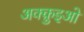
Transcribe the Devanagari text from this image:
अक्क़ुइओ